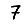
Digit: 7